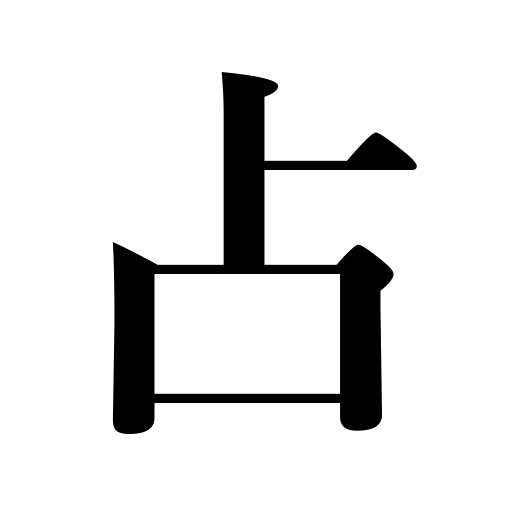
Meanings: occupy,forecast,augur,have,hold,take a seat,divine,get